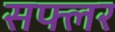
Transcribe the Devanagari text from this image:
सफ्लर